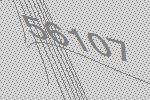
56107